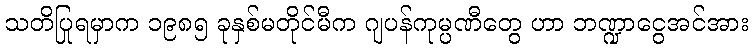
သတိပြုရမှာက ၁၉၈၅ ခုနှစ်မတိုင်မီက ဂျပန်ကုမ္ပဏီတွေ ဟာ ဘဏ္ဍာငွေအင်အား